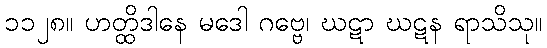
၁၁၂၈။ ဟတ္ထိဒါနေ မဒေါ ဂဗ္ဗေ၊ ဃဋာ ဃဋန ရာသိသု။